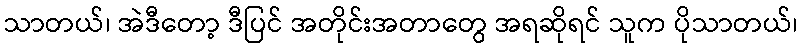
သာတယ်၊ အဲဒီတော့ ဒီပြင် အတိုင်းအတာတွေ အရဆိုရင် သူက ပိုသာတယ်၊